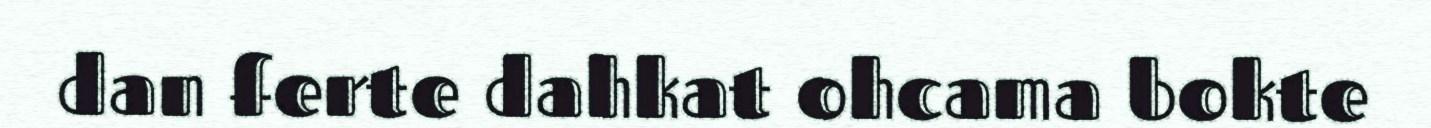
dan ferte dahkat ohcama bokte